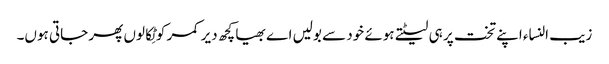
زیب النساء اپنے تخت پر ہی لیٹتے ہوئے خود سے بولیں اے بھیا کچھ دیر کمر کو ٹِکالوں پھر جاتی ہوں۔